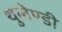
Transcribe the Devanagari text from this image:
थुलेण्डी